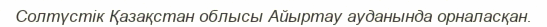
Солтүстік Қазақстан облысы Айыртау ауданында орналасқан.